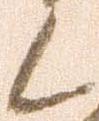
候